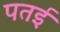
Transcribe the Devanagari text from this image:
पतई